Vaccine operations Central Provinces & Berar 1922-1929 - 1922-1929
Year: 1922
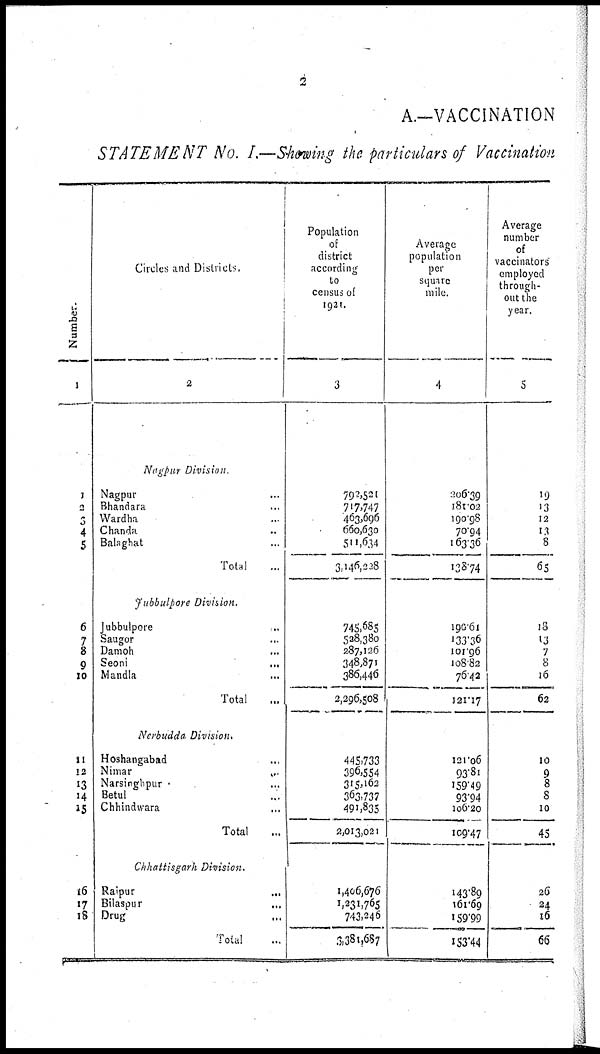
2
A.—VACCINATION
STATEMENT No. I.—Showing the particulars of Vaccination
Number.
1
1
2
3
4
5
6
7
8
9
10
11
12
13
14
15
16
17
18
Circles and Districts
2
Nagpur Division.
Nagpur ...
Bhandara ...
Wardha ...
Chanda ...
Balaghat ...
Total ...
Jubbulpore Division.
Jubbulpore ...
Saugor ...
Damoh ...
Seoni
...
Mandla ...
Total ...
Nerbudda Division.
Hoshangabad ...
Nimar
...
Narsinghpur ...
Betul ...
Chhindwara ...
Total ...
Chhattisgarh Division.
Raipur ...
Bilaspur ...
Drug ...
Total ...
Population
of
district
according
to
census of
1921.
3
792,521
717,747
463,696
660,630
511,634
3,146,228
745,685
528,380
287,126
348,871
386,446
2,296,508
445,733
396,554
315,162
363,737
491,835
2,013,021
1,406,676
1,231,765
743,246
3,381,687
Average
population
per
square
mile.
4
206.39
181.02
190.98
70.94
163.36
138.74
190.61
133.36
101.96
108.82
76.42
121.17
121.06
93.81
159.49
93.94
100.20
109.47
143.89
161.69
159.99
153.44
Average
number
of
vaccinators
employed
through-
out the
year.
5
19
13
12
13 8
65
18
13
7
8
16
62
10
9
8
8
10
45
26
24
16
66